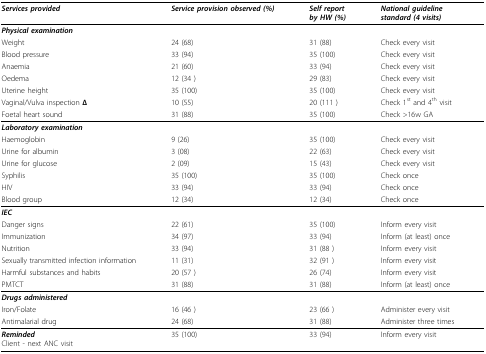
<table><thead><tr><td><b><i>Services provided </i></b></td><td><b><i>Service provision observed (%)</i></b></td><td><b><i>Self report</i><i>by HW (%)</i></b></td><td><b><i>National guideline</i><i>standard (4 visits)</i></b></td></tr></thead><tbody><tr><td><b><i>Physical examination</i></b></td><td></td><td></td><td></td></tr><tr><td>Weight</td><td>24 (68)</td><td>31 (88)</td><td>Check every visit</td></tr><tr><td>Blood pressure</td><td>33 (94)</td><td>35 (100)</td><td>Check every visit</td></tr><tr><td>Anaemia</td><td>21 (60)</td><td>33 (94)</td><td>Check every visit</td></tr><tr><td>Oedema</td><td>12 (34 )</td><td>29 (83)</td><td>Check every visit</td></tr><tr><td>Uterine height</td><td>35 (100)</td><td>35 (100)</td><td>Check every visit</td></tr><tr><td>Vaginal/Vulva inspection <b>Δ</b></td><td>10 (55)</td><td>20 (111 )</td><td>Check 1<sup>st </sup>and 4<sup>th </sup>visit</td></tr><tr><td>Foetal heart sound</td><td>31 (88)</td><td>35 (100)</td><td>Check &gt;16w GA</td></tr><tr><td><b><i>Laboratory examination</i></b></td><td></td><td></td><td></td></tr><tr><td>Haemoglobin</td><td>9 (26)</td><td>35 (100)</td><td>Check every visit</td></tr><tr><td>Urine for albumin</td><td>3 (08)</td><td>22 (63)</td><td>Check every visit</td></tr><tr><td>Urine for glucose</td><td>2 (09)</td><td>15 (43)</td><td>Check every visit</td></tr><tr><td>Syphilis</td><td>35 (100)</td><td>35 (100)</td><td>Check once</td></tr><tr><td>HIV</td><td>33 (94)</td><td>33 (94)</td><td>Check once</td></tr><tr><td>Blood group</td><td>12 (34)</td><td>12 (34)</td><td>Check once</td></tr><tr><td><b><i>IEC</i></b></td><td></td><td></td><td></td></tr><tr><td>Danger signs</td><td>22 (61)</td><td>35 (100)</td><td>Inform every visit</td></tr><tr><td>Immunization</td><td>34 (97)</td><td>33 (94)</td><td>Inform (at least) once</td></tr><tr><td>Nutrition</td><td>33 (94)</td><td>31 (88 )</td><td>Inform every visit</td></tr><tr><td>Sexually transmitted infection information</td><td>11 (31)</td><td>32 (91 )</td><td>Inform every visit</td></tr><tr><td>Harmful substances and habits</td><td>20 (57 )</td><td>26 (74)</td><td>Inform every visit</td></tr><tr><td>PMTCT</td><td>31 (88)</td><td>31 (88)</td><td>Inform (at least) once</td></tr><tr><td><b><i>Drugs administered </i></b></td><td></td><td></td><td></td></tr><tr><td>Iron/Folate</td><td>16 (46 )</td><td>23 (66 )</td><td>Administer every visit</td></tr><tr><td>Antimalarial drug</td><td>24 (68)</td><td>31 (88)</td><td>Administer three times</td></tr><tr><td><b><i>Reminded</i></b>Client - next ANC visit</td><td>35 (100)</td><td>33 (94)</td><td>Inform every visit</td></tr></tbody></table>